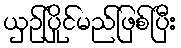
ယှဉ်ပြိုင်မည်ဖြစ်ပြီး